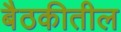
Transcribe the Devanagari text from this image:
बैठकीतील